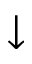
\downarrow